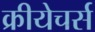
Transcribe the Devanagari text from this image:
क्रीयेचर्स